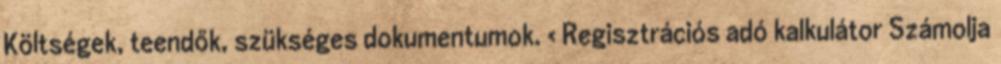
Költségek, teendők, szükséges dokumentumok. › Regisztrációs adó kalkulátor Számolja